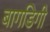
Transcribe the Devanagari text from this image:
बागडिगी